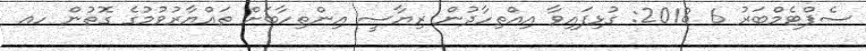
ސެޕްޓެމްބަރު 6 2018: ގުޅިފައިވާ އިއްތިހާދުން ރިޔާސީ އިންތިހާބަށް ތައްޔާރުވުމުގެ ގޮތުން ހއ